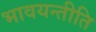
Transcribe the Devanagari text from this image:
भावयन्तीति